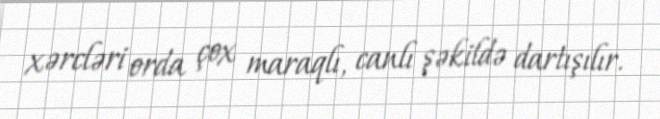
xərcləri orda çox maraqlı, canlı şəkildə dartışılır.